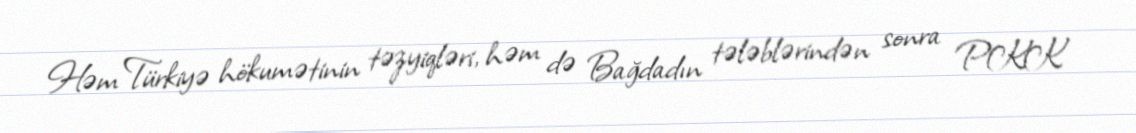
Həm Türkiyə hökumətinin təzyiqləri, həm də Bağdadın tələblərindən sonra PKK